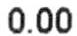
0.00